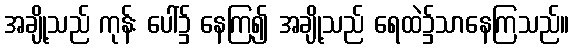
အချို့သည် ကုန်း ပေါ်၌ နေကြ၍ အချို့သည် ရေထဲ၌သာနေကြသည်။